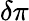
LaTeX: \delta\pi